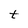
Character: t